Annual report of the Bengal Veterinary College and of the Civil Veterinary Department, Bengal, for the year 1899-1900 - 1899-1900
Year: 1899
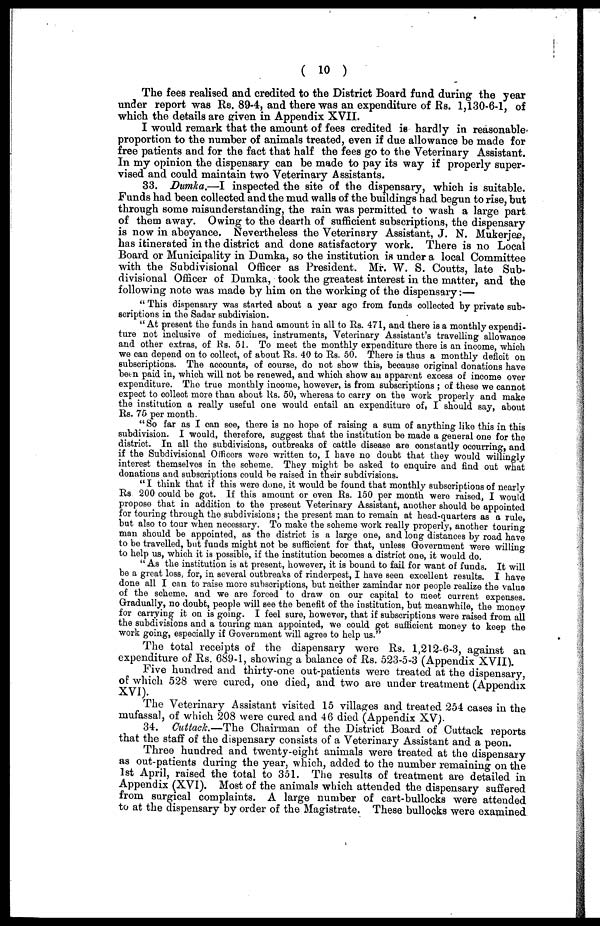
( 10 )
The fees realised and credited to the District Board fund during the year
under report was Rs. 89-4, and there was an expenditure of Rs. 1,130-6-1, of
which the details are given in Appendix XVII.
I would remark that the amount of fees credited is hardly in reasonable-
proportion to the number of animals treated, even if due allowance be made for
free patients and for the fact that half the fees go to the Veterinary Assistant.
In my opinion the dispensary can be made to pay its way if properly super-
vised and could maintain two Veterinary Assistants.
33. Dumka.—I inspected the site of the dispensary, which is suitable.
Funds had been collected and the mud walls of the buildings had begun to rise, but
through some misunderstanding, the rain was permitted to wash a large part
of them away. Owing to the dearth of sufficient subscriptions, the dispensary
is now in abeyance. Nevertheless the Veterinsry Assistant, J. N. Mukerjee,
has itinerated in the district and done satisfactory work. There is no Local
Board or Municipality in Dumka, so the institution is under a local Committee
with the Subdivisional Officer as President. Mr. W. S. Coutts, late Sub-
divisional Officer of Dumka, took the greatest interest in the matter, and the
following note was made by him on the working of the dispensary:—
" This dispensary was started about a year ago from funds collected by private sub-
scriptions in the Sadar subdivision.
" At present the funds in hand amount in all to Rs. 471, and there is a monthly expendi-
ture not inclusive of medicines, instruments, Veterinary Assistant's travelling allowance
and other extras, of Rs. 51. To meet the monthly expenditure there is an income, which
we can depend on to collect, of about Rs. 40 to Rs. 50. There is thus a monthly deficit on
subscriptions. The accounts, of course, do not show this, because original donations have
been paid in, which will not be renewed, and which show an apparent excess of income over
expenditure. The true monthly income, however, is from subscriptions; of these we cannot
expect to collect more than about Us. 50, whereas to carry on the work properly and make
the institution a really useful one would entail an expenditure of, I should say, about
Rs. 75 per month.
" So far as I can see, there is no hope of raising a sum of anything like this in this
subdivision. I would, therefore, suggest that the institution be made a general one for the
district. In all the subdivisions, outbreaks of cattle disease are constantly occurring, and
if the Subdivisional Officers were written to, I have no doubt that they would willingly
interest themselves in the scheme. They might be asked to enquire and find out what
donations and subscriptions could be raised in their subdivisions.
" I think that it this were done, it would be found that monthly subscriptions of nearly
Rs 200 could be got. If this amount or oven Rs. 150 per month were raised, I would
propose that in addition to the present Veterinary Assistant, another should be appointed
for touring through the subdivisions; the present man to remain at head-quarters as a rule,
but also to tour when necessary. To make the scheme work really properly, another touring
man should be appointed, as the district is a large one, and long distances by road have
to be travelled, but funds might not be sufficient for that, unless Government were willing
to help us, which it is possible, if the institution becomes a district one, it would do.
" As the institution is at present, however, it is bound to fail for want of funds. It will
be a great loss, for, in several outbreaks of rinderpest, I have seen excellent results. I have
done all I can to raise more subscriptions, but neither zamindar nor people realize the value
of the scheme, and we are forced to draw on our capital to meet current expenses.
Gradually, no doubt, people will see the benefit of the institution, but meanwhile, the money
for carrying it on is going. I feel sure, however, that if subscriptions were raised from all
the subdivisions and a touring man appointed, we could get sufficient money to keep the
work going, especially if Government will agree to help us."
The total receipts of the dispensary were Rs. 1,212-6-3, against an
expenditure of Rs. 689-1, showing a balance of Rs. 523-5-3 (Appendix XVII).
Five hundred and thirty-one out-patients were treated at the dispensary,
of which 528 were cured, one died, and two are under treatment (Appendix
XVI).
The Veterinary Assistant visited 15 villages and treated 254 cases in the
mufassal, of which 208 were cured and 46 died (Appendix XV).
34. Cuttack.—The Chairman of the District Board of Cuttack reports
that the staff of the dispensary consists of a Veterinary Assistant and a peon.
Three hundred and twenty-eight animals were treated at the dispensary
as out-patients during the year, which, added to the number remaining on the
1st April, raised the total to 351. The results of treatment are detailed in
Appendix (XVI). Most of the animals which attended the dispensary suffered
from surgical complaints. A large number of cart-bullocks were attended
to at the dispensary by order of the Magistrate. These bullocks were examined